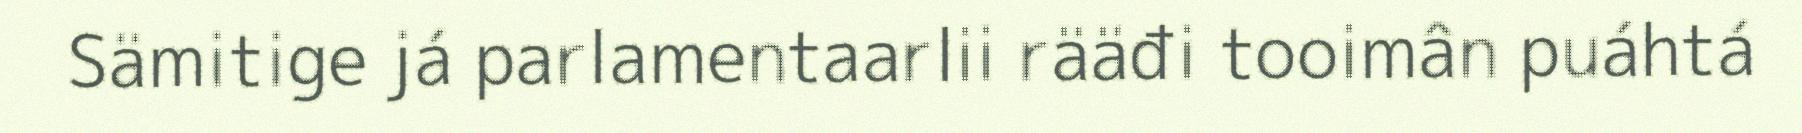
Sämitige já parlamentaarlii rääđi tooimân puáhtá